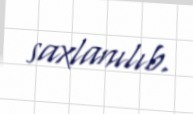
saxlanılıb.